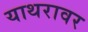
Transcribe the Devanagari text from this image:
याथरावर